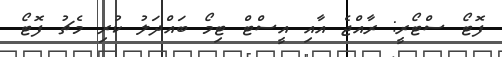
ފޮޓޯ ސްޓޯރީ: ރާއްޖެ އާއި އީސްޓް ޓިމޯ ބައްދަލު ކުރި މެޗު ފޮޓޯ